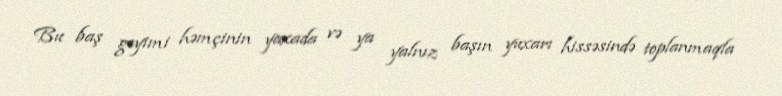
Bu baş geyimi həmçinin yaxada və ya yalnız başın yuxarı hissəsində toplanmaqla